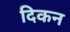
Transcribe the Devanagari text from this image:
दिकन